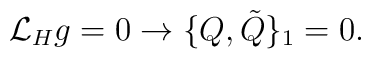
{\cal L}_{H} g = 0 \rightarrow\{Q, {\tilde Q}\}_{1}=0 .